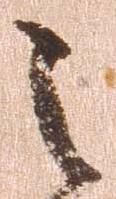
之